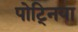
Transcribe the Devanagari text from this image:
पोट्निया